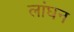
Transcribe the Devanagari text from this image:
लांघन